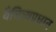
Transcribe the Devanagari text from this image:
वैचित्र्यप्रधान